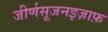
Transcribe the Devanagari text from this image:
जीर्णसूजनइज़ाफ़